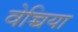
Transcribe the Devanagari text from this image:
वेच्चिया